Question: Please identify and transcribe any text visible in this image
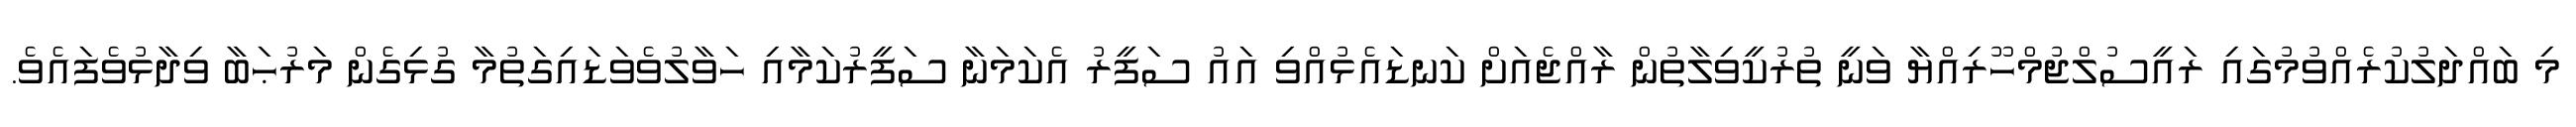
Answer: މި ބައްދަލުކުރެއްވުމުގައި ރައީސުލްޖުމްހޫރިއްޔާ ވަނީ ތުރުކީވިލާތުން ރާއްޖެއަށް ކަނޑައެޅުއްވި އައު ސަފީރު އެކަމަނާ ސަފީރުކަމާއި ހަވާލުވެވަޑައިގަތުމާ ގުޅިގެން މަރުޙަބާ ވިދާޅުވެފައެވެ.